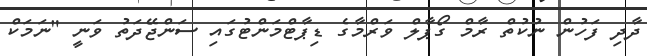
ދާދި ފަހުން ނުކުތް ރާމް ގޯޕާާލް ވަރްމާގެ ޑިޕާޓްމަންޓުގައި ސަންޖޭދަތު ވަނީ "ނަމަކް